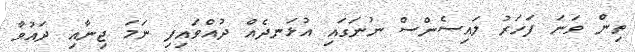
ތިން ވަނަ ފަހަރު ލައިސެންސް ނުނަގައި އުޅަނދެއް ދުއްވައިފި ނަމަ ޖިނާއި ދައުވާ